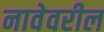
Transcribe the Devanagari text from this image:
नावेवरील